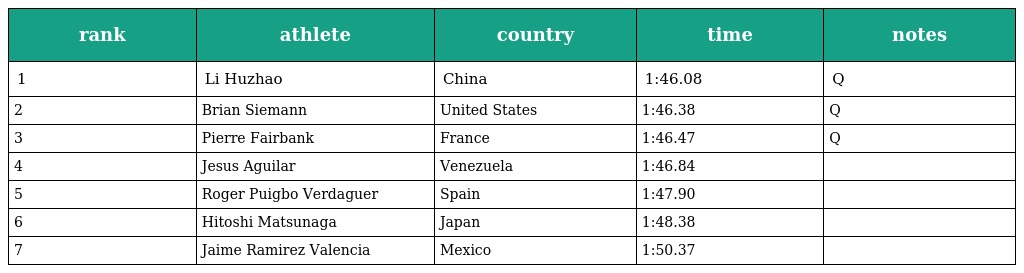
| rank | athlete | country | time | notes |
 | --- | --- | --- | --- | --- |
 | 1 | Li Huzhao | China | 1:46.08 | Q |
 | 2 | Brian Siemann | United States | 1:46.38 | Q |
 | 3 | Pierre Fairbank | France | 1:46.47 | Q |
 | 4 | Jesus Aguilar | Venezuela | 1:46.84 |  |
 | 5 | Roger Puigbo Verdaguer | Spain | 1:47.90 |  |
 | 6 | Hitoshi Matsunaga | Japan | 1:48.38 |  |
 | 7 | Jaime Ramirez Valencia | Mexico | 1:50.37 |  |